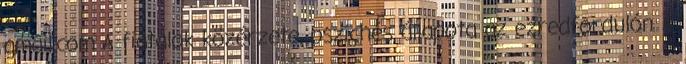
gmail.com A fiatalok közérzete, pszichés állapota az ezredfordulón A